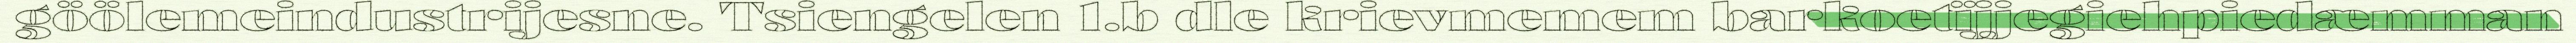
göölemeindustrijesne. Tsiengelen 1.b dle krievmemem barkoetïjjegiehpiedæmman